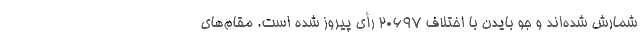
شمارش شده‌اند و جو بایدن با اختلاف ۲۰۶۹۷ رأی پیروز شده است. مقام‌های